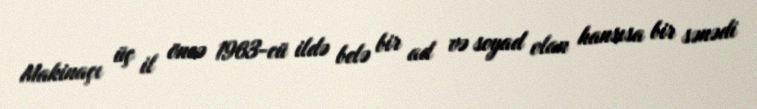
Makinaçı üç il öncə 1963-cü ildə belə bir ad və soyad olan hansısa bir sənədi